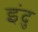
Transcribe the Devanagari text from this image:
इंदु